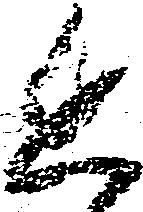
進